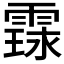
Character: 𮦤